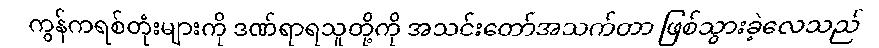
ကွန်ကရစ်တုံးများကို ဒဏ်ရာရသူတို့ကို အသင်းတော်အသက်တာ ဖြစ်သွားခဲ့လေသည်